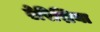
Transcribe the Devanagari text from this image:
ऐरिद्मिया